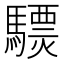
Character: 𩦈